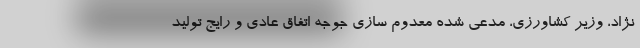
نژاد، وزیر کشاورزی، مدعی شده معدوم سازی جوجه اتفاق عادی و رایج تولید